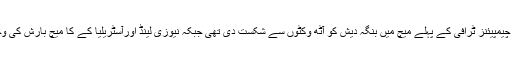
واضح رہےکہ انگلینڈ نے چیمپیئنز ٹرافی کے پہلے میچ میں بنگہ دیش کو آٹھ وکٹوں سے شکست دی تھی جبکہ نیوزی لینڈ اورآسٹریلیا کے کا میچ بارش کی وجہ سے بے نتیجہ رہا تھا۔